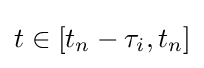
t\in \lbrack t_{n}-\tau _{i},t_{n}]